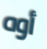
أوه